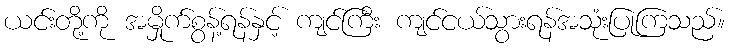
ယင်းတို့ကို အမှိုက်စွန့်ရန်နှင့် ကျင်ကြီး ကျင်ငယ်သွားရန်အသုံးပြုကြသည်။